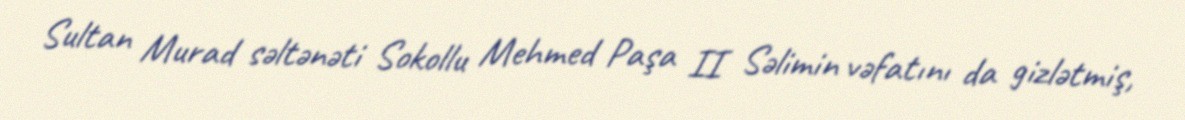
Sultan Murad səltənəti Sokollu Mehmed Paşa II Səlimin vəfatını da gizlətmiş,